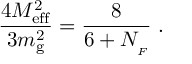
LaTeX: { \frac { 4 M _ { \mathrm { e f f } } ^ { 2 } } { 3 m _ { \mathrm { g } } ^ { 2 } } } = { \frac { 8 } { 6 + N _ { _ { F } } } } \; .